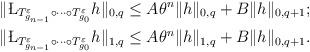
LaTeX: \begin{align*} &\|\L_{T_{g_{n-1}}^{\varepsilon} \circ \cdots \circ {T_{g_0}^{\varepsilon}}} h\|_{0,q}\leq A \theta^n\|h\|_{0,q}+ B\|h\|_{0,q+1};\\&\|\L_{T_{g_{n-1}}^{\varepsilon} \circ \cdots \circ {T_{g_0}^{\varepsilon}}} h\|_{1,q}\leq A \theta^n\|h\|_{1,q}+ B\|h\|_{0,q+1}.\end{align*}